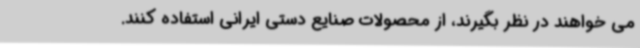
می خواهند در نظر بگیرند، ‌از محصولات صنایع دستی ایرانی استفاده کنند.